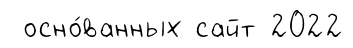
осно́ванных сайт 2022